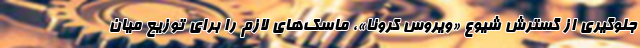
جلوگیری از گسترش شیوع «ویروس کرونا»، ماسک‌های لازم را برای توزیع میان